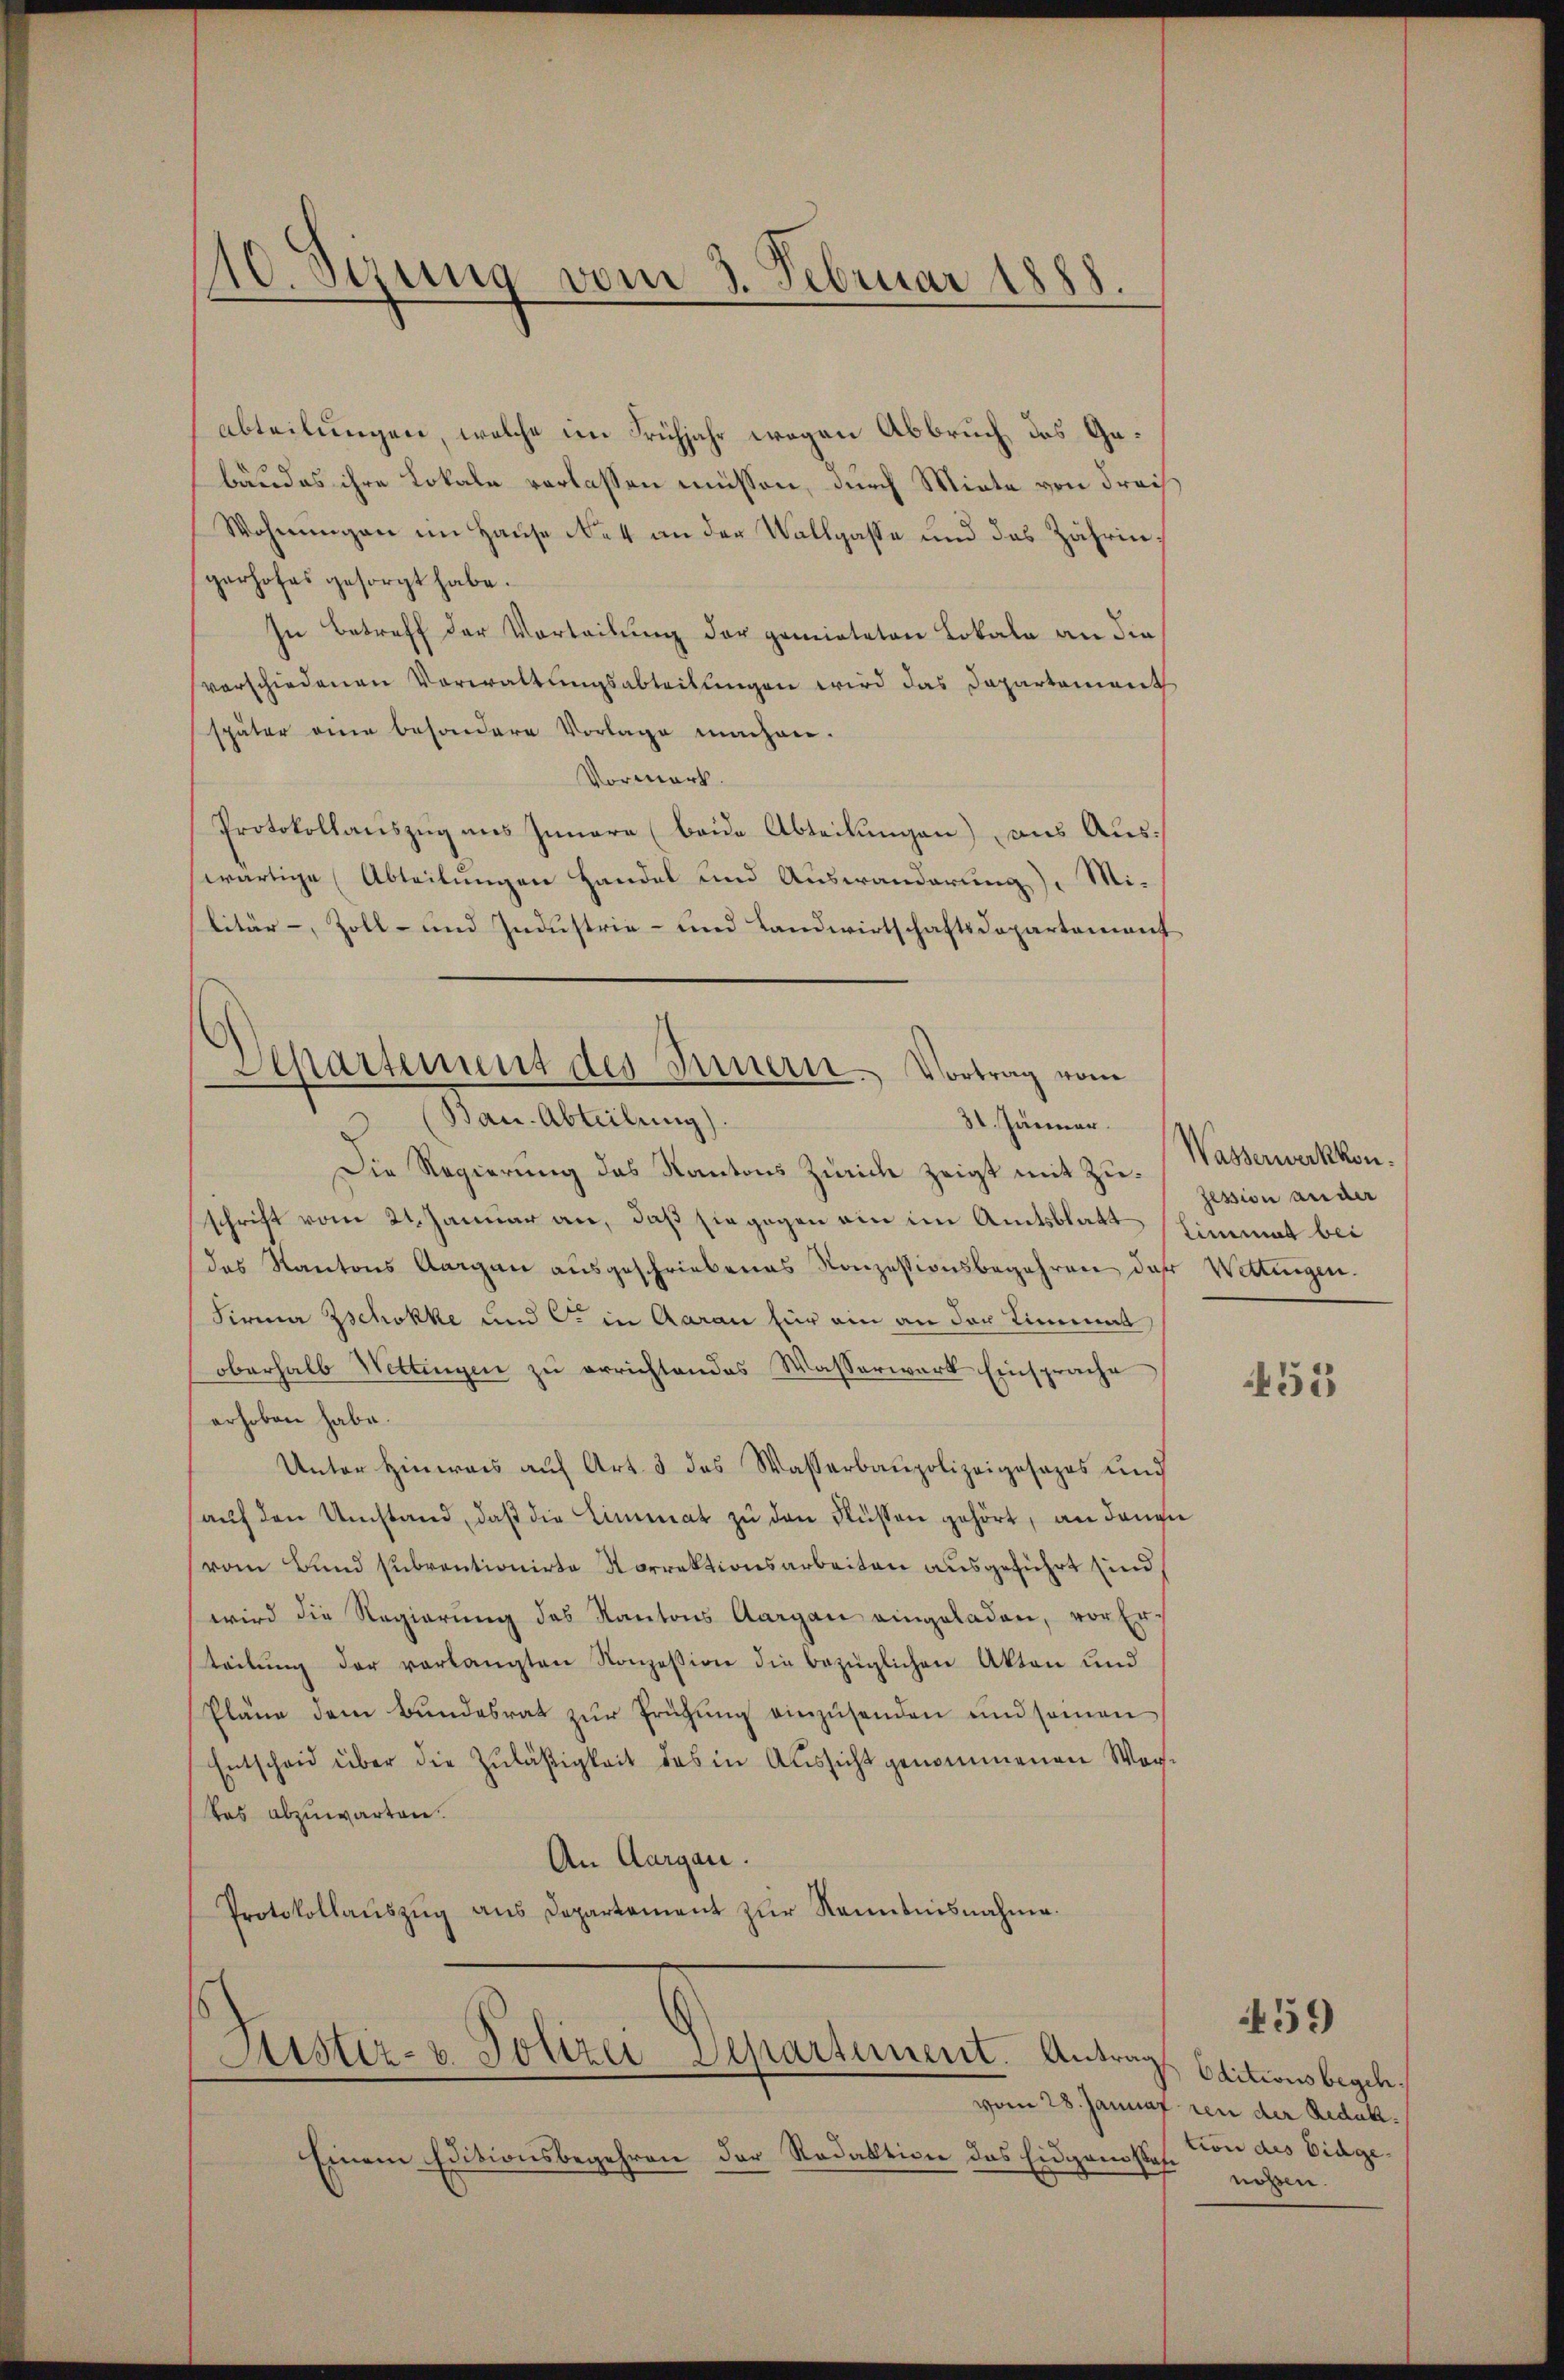
10. Sezung vom 3. Februar 1888.

abteilungen, welche im Frühjahr wegen Abbruch, das Gebäudes ihre Lokale verlassen müssen, durch Miete von Frais
Wohnungen im Hause Ne4 an der Wallgasse und des Zähringerhofes gesorgt habe.
In Betreff der Vorteilung der gemieteten Lokala an die
vorschiedenen Vorwaltungsabteillingen wird das Departement
später eine besondere Vorlage machen.
Vormerk.
Protokollauszug aus Innere (beide Abteilungen) aus Auswärtige (Abteilungen handel und Auswanderung). Militär-, Zoll- und Industrie- und Landwirtschaftsdepartement
Die Regierung das Kantons Zürich zeigt mit Zuschrift vom 24. Januar an, daß sie gegen ein im Amtsblatt
des Kantons Aargau ausgeschriebenes Konzessionsbegehren der Wittingen.
Firma Zschokke und C. in Aarau für ein an der Limmat
oberhalb Wettingen zu errichtendes Wasserwerk Einsprache
erhoben habe.
Unter Hinweis auf Art. 3 das Wasserbaupolizeigesezes und
aŭf den Umstand, daß die Limmat zu den Flüssen gehört, an dann
vom Bund subventionirte Norrektionsarbeiten ausgeführt sind,
wird die Regierung des Kantons Aargau eingeladen, vor Erteilŭng der verlangten Konzession die bezüglichen Akten und
Pläne dem Bŭndesrat zŭr Prüfŭng einzŭsenden und seinen
Entscheid über die Zuläßigkeit des in Aussicht genommenen Wagdas abzuwarten.
An Aargau.
Protokollaŭszŭg ans Departement zŭr Kenntnisnahme.
Astiz- u. Polizei-Separtement. Antrags Editionsbegel.
Einem Editionsbegehren der Redaktion das Eidgenstafe

Departement des Innern. Vortrag vom
(Bau. Abteilung).
31. Jänner.

Wasserwerkkon.
Zession ander
Limmat bei

453

vom 28. Januar von der Redak
tion des Eidge
nösen.

459